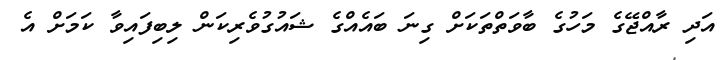
އަދި ރާއްޖޭގެ މަހުގެ ބާވަތްތަކަށް ގިނަ ބައެއްގެ ޝައުގުވެރިކަން ލިބިފައިވާ ކަމަށް އެ